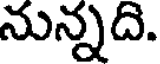
నున్నది.